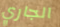
الجاري